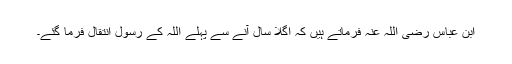
ابن عباس رضی اللہ عنہ فرماتے ہیں کہ اگلا سال آنے سے پہلے اللہ کے رسول انتقال فرما گئے۔